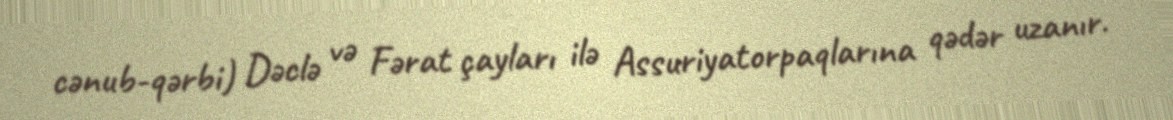
cənub-qərbi) Dəclə və Fərat çayları ilə Assuriyatorpaqlarına qədər uzanır.